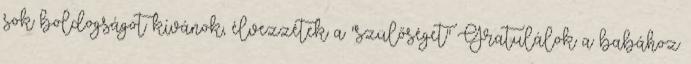
sok boldogságot kívánok, élvezzétek a "szülőséget" Gratulálok a babához